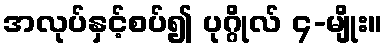
အလုပ်နှင့်စပ်၍ ပုဂ္ဂိုလ် ၄-မျိုး။